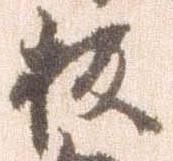
板